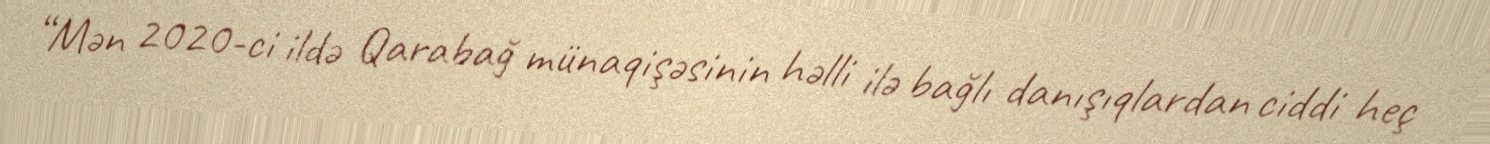
“Mən 2020-ci ildə Qarabağ münaqişəsinin həlli ilə bağlı danışıqlardan ciddi heç